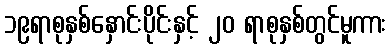
၁၉ရာစုနှစ်နှောင်းပိုင်းနှင့် ၂၀ ရာစုနှစ်တွင်မူကား